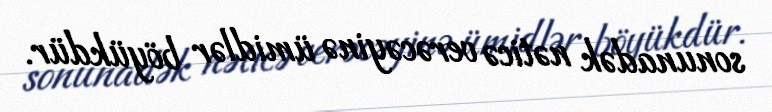
sonunadək nəticə verəcəyinə ümidlər böyükdür.